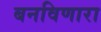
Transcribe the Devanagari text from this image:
बनविणारा